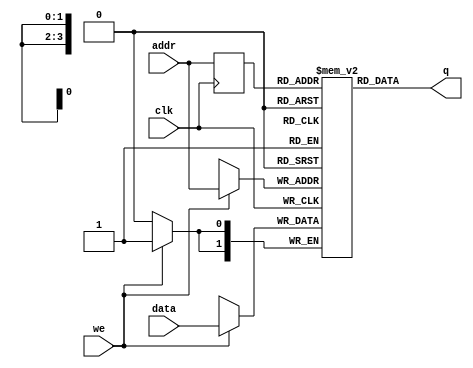
/* 
* Este mdulo  uma memria ram para representar o estado do tabuleiro macro.
* Ela tem 10 cluals (apenas as de 1 a 9 so usadas) de 2 bits cada 10x2
* O valor armazenado singifica o estado da macro clula:
* 00 - Em andamento
* 01 - Jogador 1 ganhou
* 10 - Jogador 2 ganhou
* 11 - Empate
*
* Alguns valores j so inicializados para testes
*/


module ram_board_state 
(
    input        clk,
    input        we,
    input  [1:0] data,
    input  [3:0] addr,
    output [1:0] q
);

    // Variavel RAM (armazena dados)
    reg [1:0] ram [9:0];

    // Registra endereco de acesso
    reg [3:0] addr_reg;

    initial 
    begin : INICIA_RAM
 
     ram[0] <= 2'b00;
     ram[1] <= 2'b00;
     ram[2] <= 2'b01;
     ram[3] <= 2'b00;
     ram[4] <= 2'b00;
     ram[5] <= 2'b10;
     ram[6] <= 2'b00;
     ram[7] <= 2'b11;
     ram[8] <= 2'b00;
     ram[9] <= 2'b00;

    end 

    always @ (posedge clk)
    begin
        // Escrita da memoria
        if (we)
            ram[addr] <= data;

        addr_reg <= addr;
    end

    // Atribuicao continua retorna dado
    assign q = ram[addr_reg];

endmodule